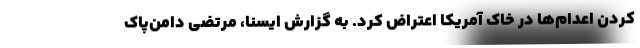
کردن اعدام‌ها در خاک آمریکا اعتراض کرد. به گزارش ایسنا، مرتضی دامن‌پاک